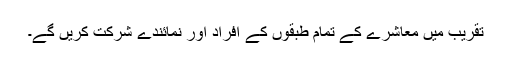
تقریب میں معاشرے کے تمام طبقوں کے افراد اور نمائندے شرکت کریں گے۔